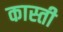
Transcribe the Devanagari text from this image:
कास्ती